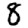
Digit: 8